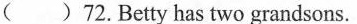
()72.Betty has two grandsons.